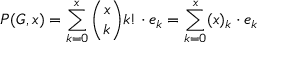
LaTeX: P ( G , x ) = \sum _ { k = 0 } ^ { x } { \binom { x } { k } } k ! \cdot e _ { k } = \sum _ { k = 0 } ^ { x } ( x ) _ { k } \cdot e _ { k }